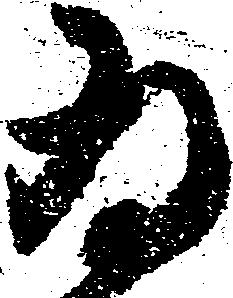
為